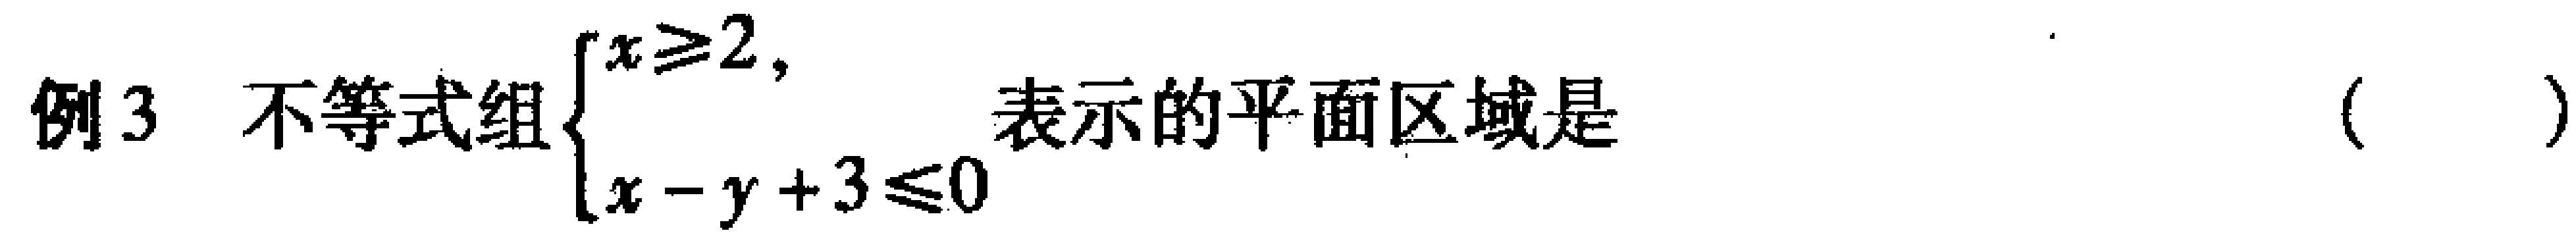
例3 不等式组$\begin{cases}x\geq2,\\x - y + 3\leq0\end{cases}$表示的平面区域是（  ）